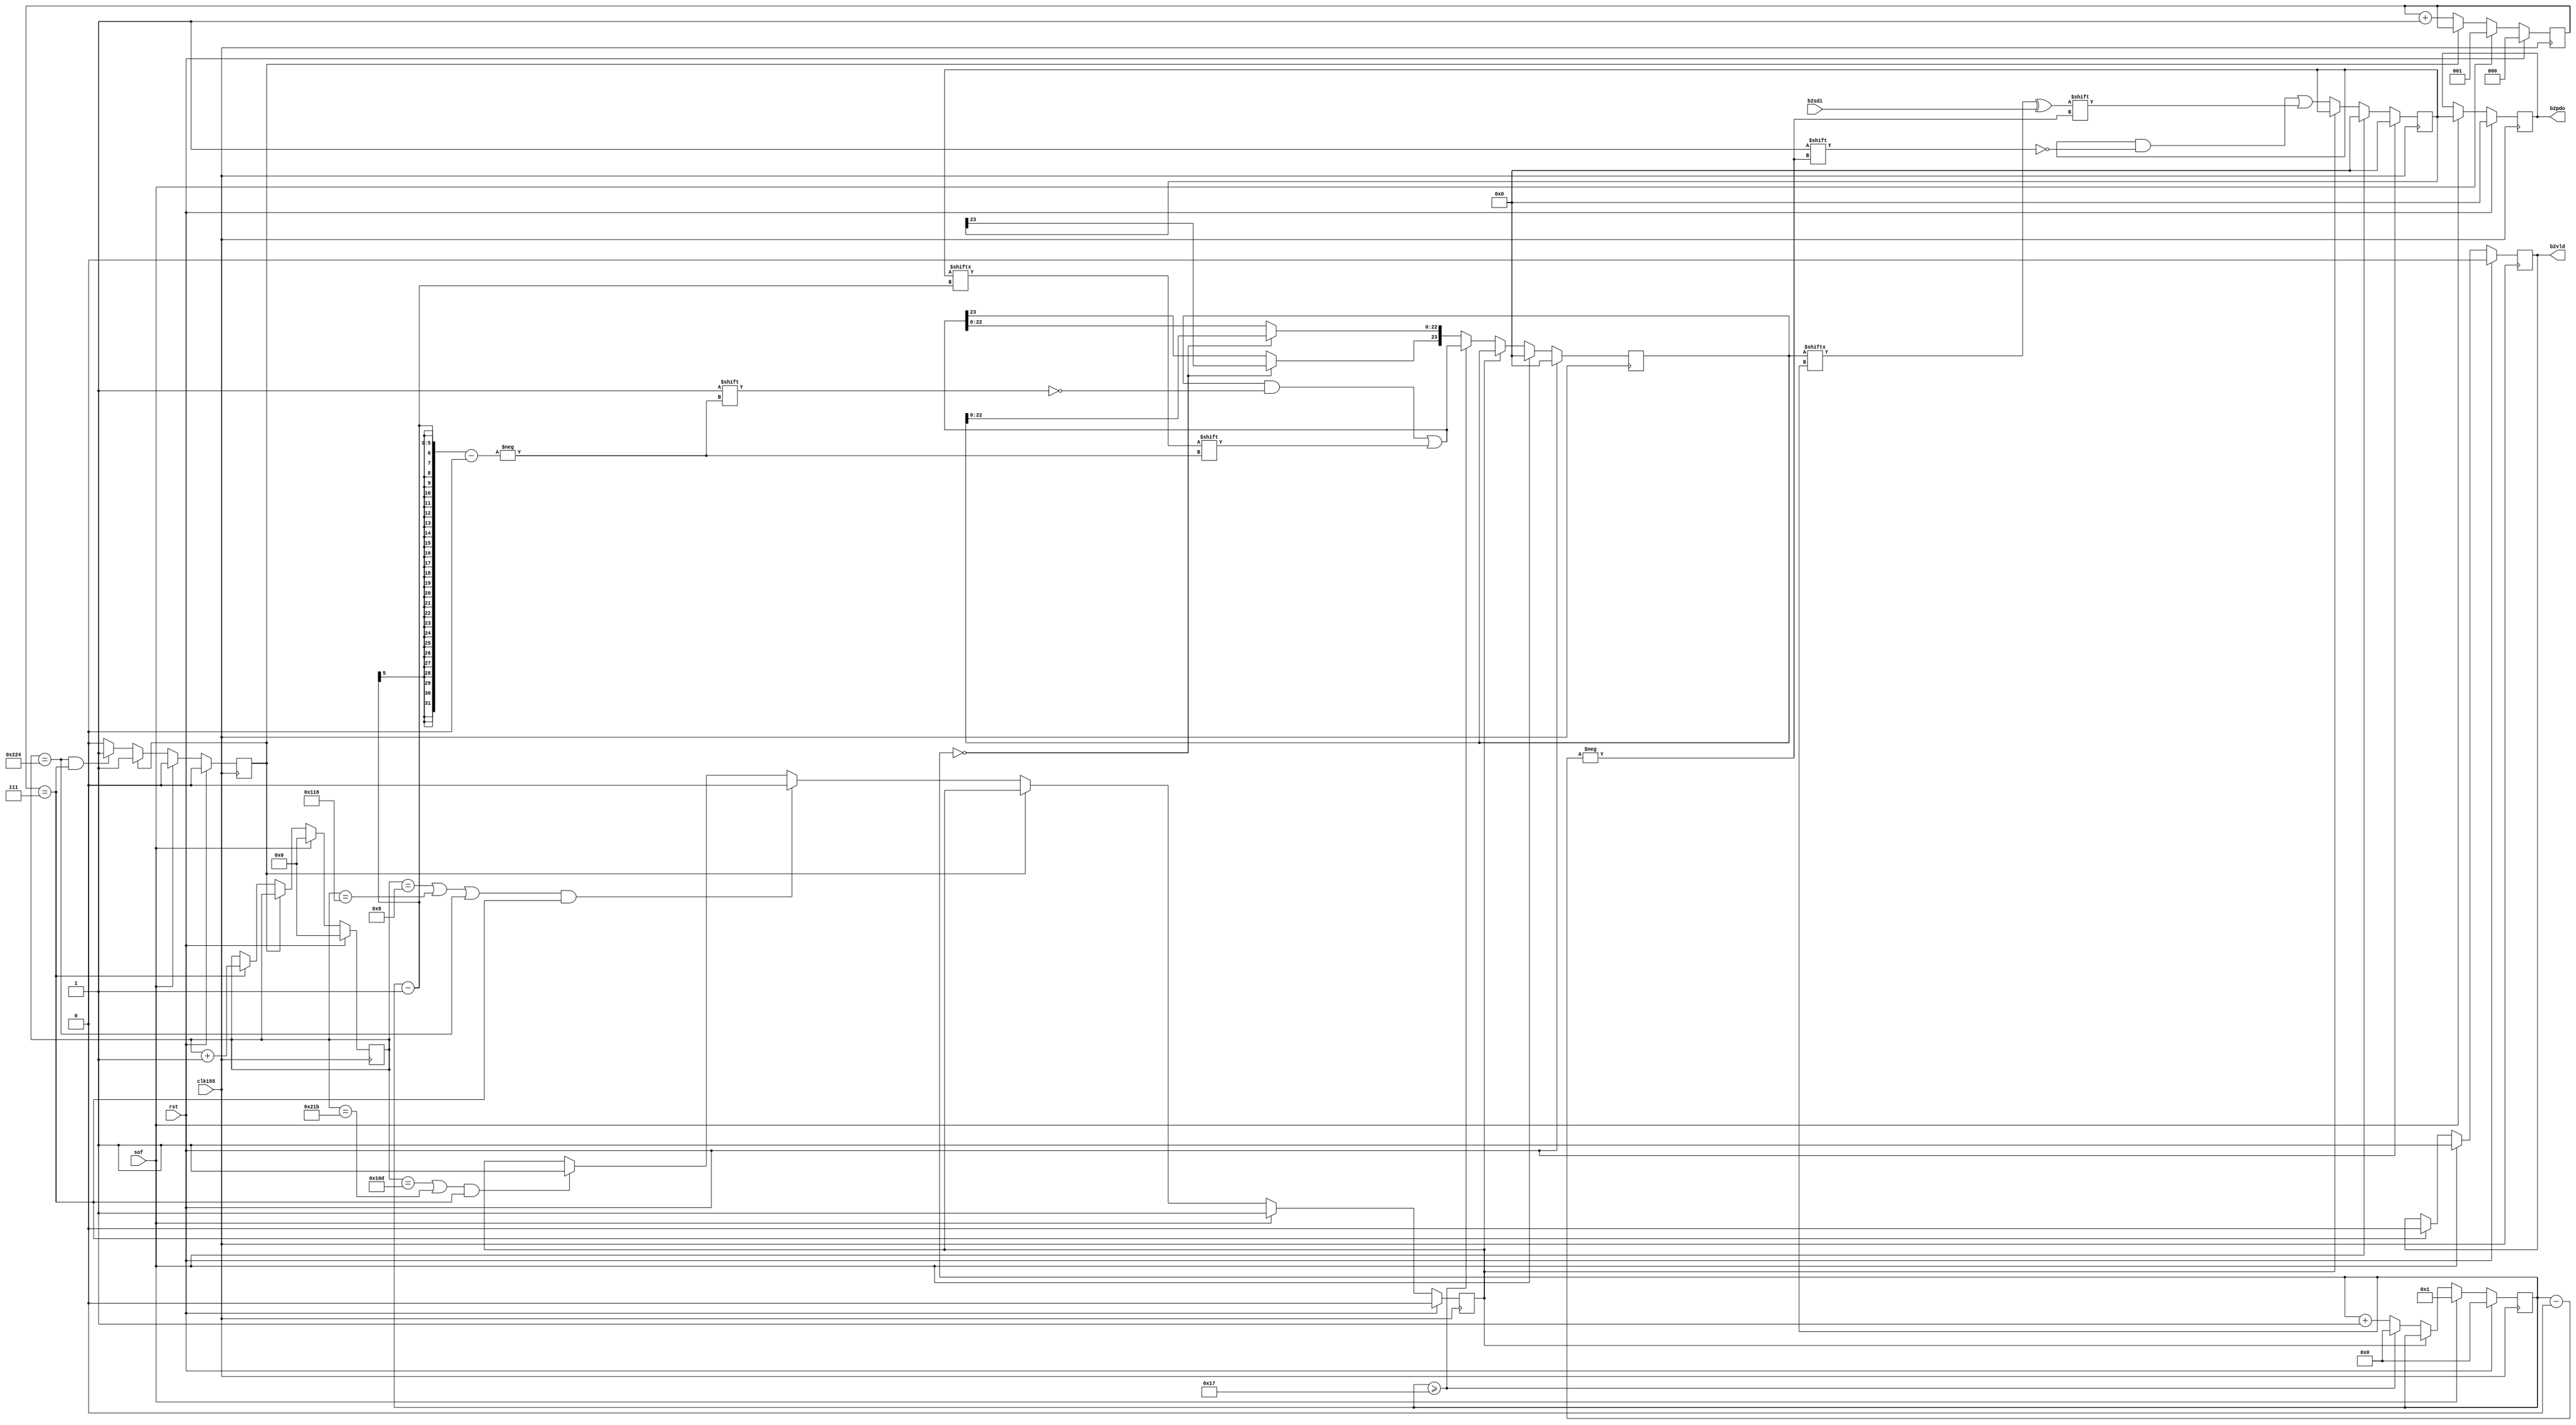
// Description  : .
////////////////////////////////////////////////////////////////////////////////

module b2cal
    (
     clk155,
     rst,

     b2sdi,
     sof,
     b2pdo,
     b2vld
     );

////////////////////////////////////////////////////////////////////////////////
// Port declarations

input clk155;
input rst;

input b2sdi;
input sof;
output b2vld;
output [23:0] b2pdo;

////////////////////////////////////////////////////////////////////////////////
// Output declarations

reg [23:0]    b2pdo;
reg           b2vld;

////////////////////////////////////////////////////////////////////////////////
// Local logic and instantiation

reg [4:0]     ptr;
reg [23:0]    bip24;
reg [23:0]    bip24_tmp;

reg [2:0]     nxbcnt;   // next bit counter
reg [9:0]     cnt;
reg           flag; // RSOH bytes were all received
reg           stop; // stop calculating B2

////////////////////////////////////////////////////////////////////////////////
// RSOH bytes are indicated

wire          cond1, cond2;
assign        cond1 = ((cnt == 8) ||
                       (cnt == 278) ||
                       (cnt == 548)) && (nxbcnt == 3'b111);
assign        cond2 = ((cnt == 269) ||
                       (cnt == 539)) && (nxbcnt == 3'b111);

always @(posedge clk155)
    begin
    if (rst)
        begin
        cnt     <= 10'd0;
        nxbcnt  <= 3'b000;
        flag    <= 1'b0;
        stop    <= 1'b0;
        end
    else if (sof)
        begin
        cnt     <= 10'd0;
        nxbcnt  <= 3'b001;
        flag    <= 1'b0;
        stop    <= 1'b1;
        end
    else if (!flag)
        begin
        nxbcnt  <= nxbcnt + 3'd1;
        if (nxbcnt == 3'b111)
            begin
            cnt     <= cnt + 10'd1;
            end
        // control stop
        if (cond1)
            begin
            stop    <= 1'b0;
            end
        else if (cond2)
            begin
            stop    <= 1'b1;
            end
        // control flag     
        if ((cnt == 10'd548) && (nxbcnt == 3'b111))
            begin
            flag    <= 1'b1;
            end
        else
            begin
            flag    <= 1'b0;
            end
        end
    end

///////////////////////////////////////////////////////////////////////////////
// B2 calculation
        
always @(posedge clk155)
    begin
    if (rst)
        begin
        ptr         <= 5'd0;
        bip24       <= 24'd0;
        bip24_tmp   <= 24'd0;
        b2pdo       <= 24'd0;
        end
    // update new B2 at the start of frame
    else if (sof)
        begin
        ptr         <= 5'b00001;   // point to next bip24_tmp bit
        bip24_tmp   <= 24'd0;
        bip24       <= 24'd0;    
        b2pdo       <= bip24;
        end
    // cal B2 if data is not a RSOH byte
    else if (!stop) 
        begin
        if (ptr >= 5'd23)
            begin
            ptr         <= 5'd0;    // ptr backs to bit 1
            bip24[ptr]  <= bip24_tmp[ptr] ^ b2sdi;
            bip24_tmp[ptr-1]    <= bip24[ptr-1];
            end
        else if (ptr == 5'd0)
            begin
            ptr         <= ptr + 5'd1;
            bip24[ptr]  <= bip24_tmp[ptr] ^ b2sdi;
            bip24_tmp[5'd23]     <= bip24[5'd23];  
            end
        else
            begin
            ptr         <= ptr + 5'd1;
            bip24[ptr]  <= bip24_tmp[ptr] ^ b2sdi;
            bip24_tmp[ptr-1]    <= bip24[ptr-1];
            end
        end
    end

///////////////////////////////////////////////////////////////////////////////
// Control valid signal
// Valid signal is high at start of frame and lasts in 8 clocks

always @(posedge clk155)
    begin
    if (rst)
        begin
        b2vld   <= 1'b0;
        end
    else if (sof)
        begin
        b2vld   <= 1'b1;
        end
    else if (nxbcnt == 3'b111)
        begin
        b2vld   <= 1'b0;
        end
    else
        begin
        b2vld   <= b2vld;
        end
    end

endmodule